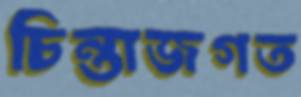
চিন্তাজগত